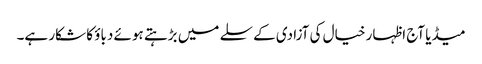
میڈیا آج اظہار خیال کی آزادی کے سلے میں بڑہتے ہوئے دباؤ کا شکار ہے۔